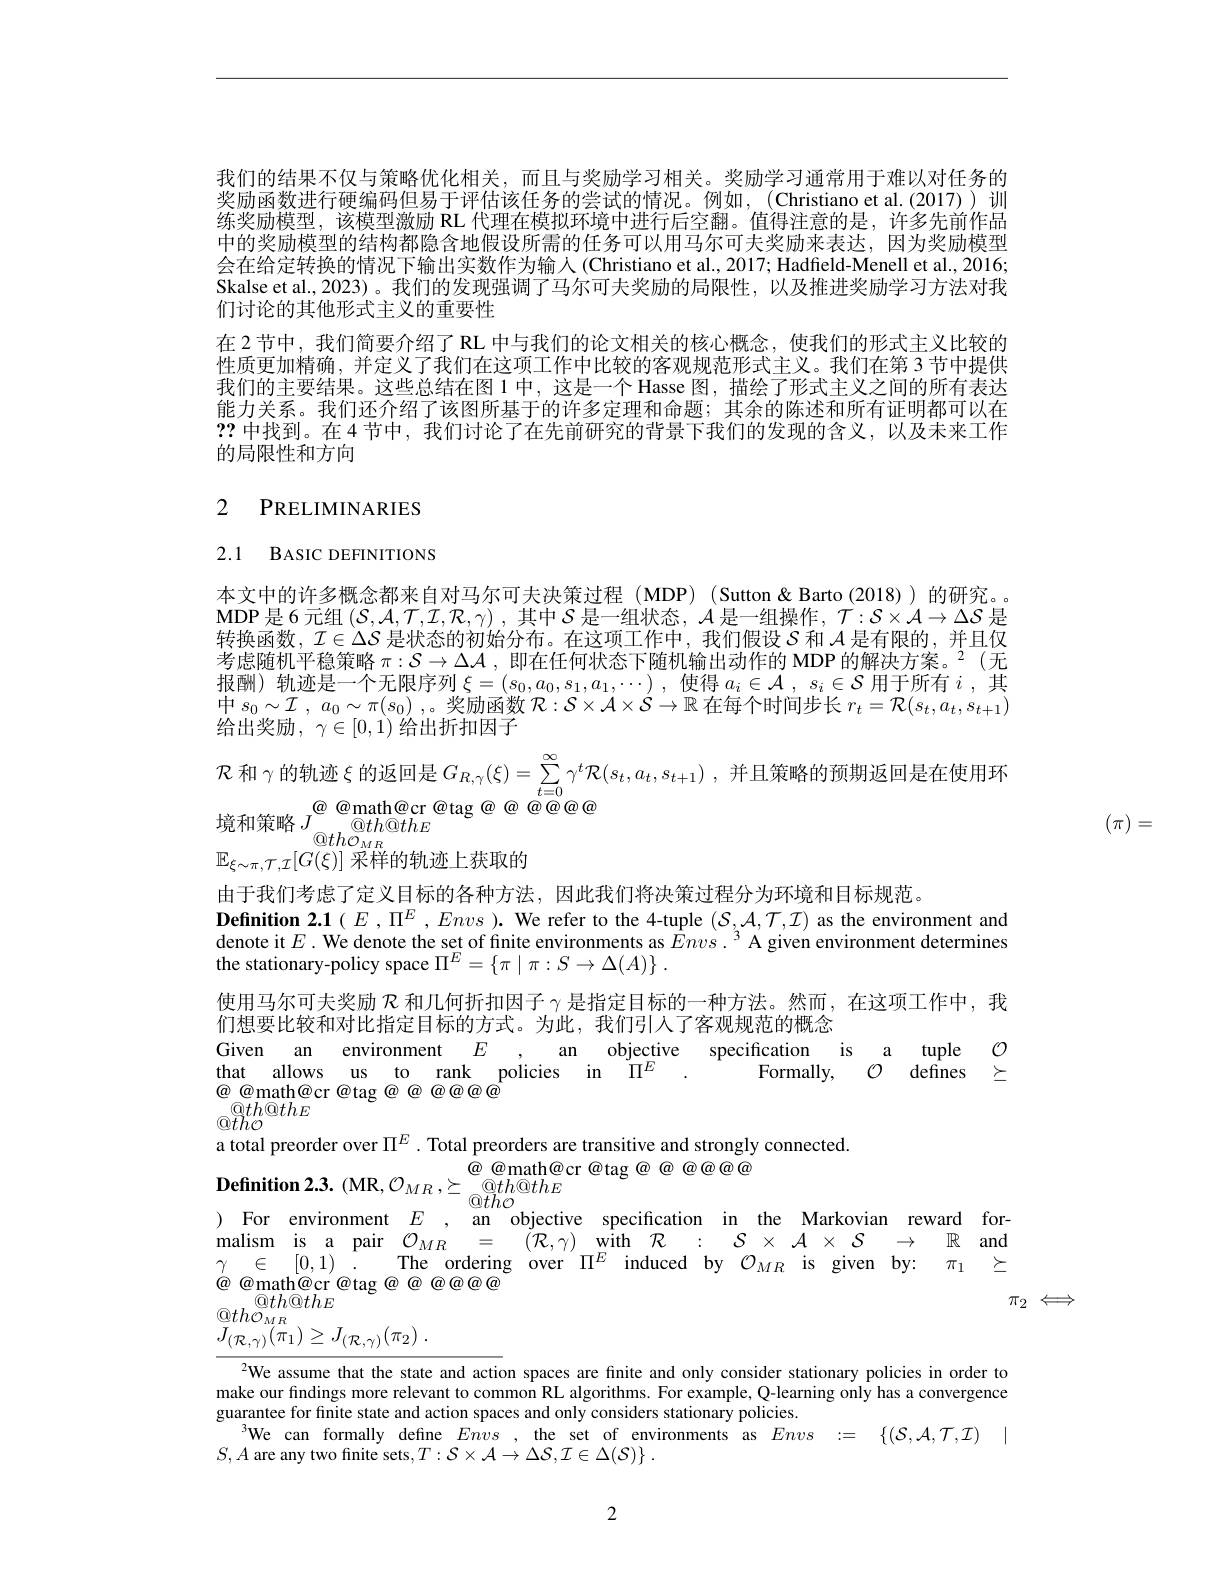
我们的结果不仅与策略优化相关，而且与奖励学习相关。奖励学习通常用于难以对任务的奖励函数进行硬编码但易于评估该任务的尝试的情况。例如，(Christiano et al.(20练奖励模型，该模型激励 RL 代理在模拟环境中进行后空翻。值得注意的是，许多先前作品中的奖励模型的结构都隐含地假设所需的任务可以用马尔可夫奖励来表达，因为奖励模型会在给定转换的情况下输出实数作为输入 (Christiano et al., 2017; Had Skalse et al., 2023)。我们的发现强调了马尔可夫奖励的局限性，以及推进奖励学习方法对我们讨论的其他形式主义的重要性
在 2 节中，我们简要介绍了 RL 中与我们的论文相关的核心概念，使我们的形式主义比较的性质更加精确，并定义了我们在这项工作中比较的客观规范形式主义。我们在第 3 节中提供我们的主要结果。这些总结在图 1 中，这是一个 Hasse 图，描绘了形式主义之间的所有表达能力关系。我们还介绍了该图所基于的许多定理和命题；其余的陈述和所有证明都可以在??中找到。在 4节中，我们讨论了在先前研究的背景下我们的发现的含义，以及未来工作的局限性和方向

# 2 PRELIMINARIES

# 2.1 BASIC DEFINITIONS

本文中的许多概念都来自对马尔可夫决策过程 (MDP) (Sutton & Barto (2018)) 的研究。MDP是6元组$\left(\mathcal{S},\mathcal{A},\mathcal{T},\mathcal{I},\mathcal{R},\gamma\right)$,其中$\mathcal{S}$是一组状态$,\mathcal{A}$是一组操作$,\mathcal{T}:\mathcal{S}\times\mathcal{A}\to\Delta\mathcal{S}$ 是转换函数，$\mathcal{I}\in\Delta\mathcal{S}$是状态的初始分布。在这项工作中，我们假设$\mathcal{S}$和$\mathcal{A}$是有限的，并且仅考虑随机平稳策略$\pi:\mathcal{S}\to\Delta\mathcal{A}$ ,即在任何状态下随机输出动作的 MDP 的解决方案。2(无报酬) 轨迹是一个无限序列$\xi=(s_0,a_0,s_1,a_1,\cdots)$,使得$a_i\in\mathcal{A},s_i\in\mathcal{S}$用于所有$i$,其中 $s_0\sim \mathcal{I}$ , $a_0\sim \pi ( s_0)$ ,。奖 励 函 数 $\mathcal{R} : \mathcal{S} \times$ 给出奖励$,\gamma\in[0,1)$给出折扣因子
$\mathcal{R}$ 和 $\gamma$的轨迹$\xi$ 的返回是$G_R, \gamma ( \xi ) = \sum _{t= 0}^{\infty }\gamma ^{t}\mathcal{R} ( s_{t}, a_{t}, s_{t+ 1})$ , 并且策略的预期返回是在使用环
境和策略$J^{\textcircled{a}\textcircled{a}}$math@cr$\textcircled{a}$tag$\textcircled{a}\textcircled{a}\textcircled{a}\textcircled{a}\textcircled{a}\textcircled{a}\textcircled{a}\textcircled{a}$
$\textcircled{\mathrm{O}}th_{\mathcal{O}_{MR}}^{\textcircled{\mathrm{O}}tll}$
$\mathbb{E}_{\xi\sim\pi,\mathcal{T},\mathcal{I}}[G(\xi)]$采样的轨迹上获取的
由于我们考虑了定义目标的各种方法，因此我们将决策过程分为环境和目标规范。
$\textbf{Definition 2. 1}( E, \Pi ^E, Envs) .$ We refer to the 4-tuple $(S,\mathcal{A},\mathcal{T},\mathcal{I})$ as the environment and denote it $E.$ We denote the set of finite environments as $Envs.^3$ A given environment determines the stationary-policy space $\Pi^E=\left\{\pi\mid\pi:S\to\Delta(A)\right\}.$
使用马尔可夫奖励$\mathcal{R}$和几何折扣因子$\gamma$是指定目标的一种方法。然而，在这项工作中
们想要比较和对比指定目标的方式。为此，我们引人了客观规范的概念
Given an environment $E$ ,an objective specifica
$$\textcircled{a}\textcircled{a}$math@cr @tag @@@@@@$
$\textcircled{\mathrm{O}}th\textcircled{\mathrm{O}}thE$
a total preorder over $\Pi^E$ . Total preorders ar
$\textbf{Definition 2. 3. ( MR, O {MR}, {- }@ th@ thE}$
$@\overline{tho}$
) For environment $E$ , an objective specificati $\begin{array}{llllllllllllllll}\mathrm{malism}&\mathrm{is}&\mathrm{a}&\mathrm{pair}&\mathcal{O}_{MR}&=&(\mathcal{R},\gamma)&\mathrm{with}&\mathcal{R}:&\mathcal{S}\times\mathcal{A}\times\mathcal{S}&\to&\mathbb{R}&\mathrm{and}\\\gamma&\in&[0,1)&.&\mathrm{The}&\mathrm{ordering}&\mathrm{over}&\Pi^{E}&\mathrm{induced}&\mathrm{by}&\mathcal{O}_{MR}&\mathrm{is}&\mathrm{given}&\mathrm{by}:&\pi_{1}&\succeq\end{array}$ $\textcircled{a}\textcircled{a}$math@cr@tag$\textcircled{a}\textcircled{a}\textcircled{a}\textcircled{a}\textcircled{a}\textcircled{a}\textcircled{}$
$\textcircled{\mathrm{Q}}th\textcircled{\mathrm{Q}}thE$
$\pi_2\iff$
$\begin{array}{l}{\textcircled{0}th\mathcal{O}_{MR}}\\{J_{(\mathcal{R},\gamma)}(\pi_{1})\geq J_{(\mathcal{R},\gamma)}(\pi_{2})\:.}\end{array}$
We assume that the state and action spaces are finite and only consider stationary policies in order to make our findings more relevant to common RL algorithms. For example, Q-learning only has a convergence

guarantee for finite state and action spaces and only considers stationary policies.
We can formally define $Envs$, the set of environments as $Envs: =$ $\{ ( \mathcal{S} , \mathcal{A} , \mathcal{T} , \mathcal{I} )$ |
$S,A$ are any two finite sets$, T: \mathcal{S} \times \mathcal{A} \to \Delta \mathcal{S} , \mathcal{I} \in \Delta ( \mathcal{S} ) \}$ .

2
$$(\pi)=$$